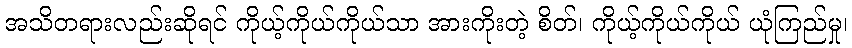
အသိတရားလည်းဆိုရင် ကိုယ့်ကိုယ်ကိုယ်သာ အားကိုးတဲ့ စိတ်၊ ကိုယ့်ကိုယ်ကိုယ် ယုံကြည်မှု၊